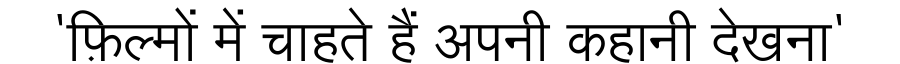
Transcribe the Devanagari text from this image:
'फ़िल्मों में चाहते हैं अपनी कहानी देखना'